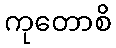
ကုတောစိ